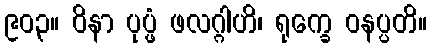
၉၀၃။ ဝိနာ ပုပ္ဖံ ဖလဂ္ဂါဟိ၊ ရုက္ခေ ဝနပ္ပတိ။